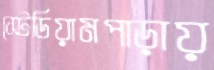
স্টেডিয়ামপাড়ায়